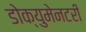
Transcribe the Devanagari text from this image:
डोक्युमेनटरी